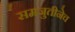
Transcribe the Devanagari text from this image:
समजुतीनेच